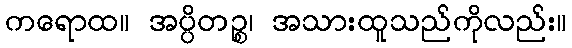
ကရောထ။ အပ္ပိတဉ္စ၊ အသားထူသည်ကိုလည်း။